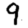
Digit: 9